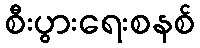
စီးပွားရေးစနစ်